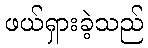
ဖယ်ရှားခဲ့သည်